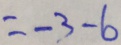
= - 3 - 6